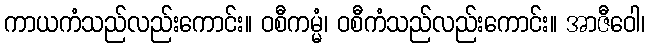
ကာယကံသည်လည်းကောင်း။ ဝစီကမ္မံ၊ ဝစီကံသည်လည်းကောင်း။ အာဇီဝေါ၊